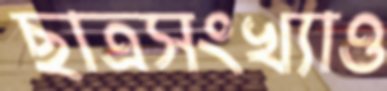
ছাত্রসংখ্যাও